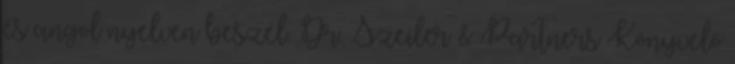
és angol nyelven beszél. Dr. Szeiler & Partners Könyvelő